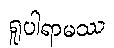
ရူပါရာမဿ